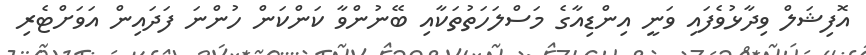
އޮފިޝަލް ވިދާޅުވެފައި ވަނީ އިންޑިއާގެ މަސްލަހަތުތަކާއި ބޭނުންވާ ކަންކަން ހުންނަ ފަދައިން އަވަށްޓެރި